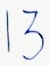
Text: 13